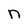
Character: n